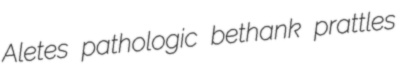
Aletes pathologic bethank prattles